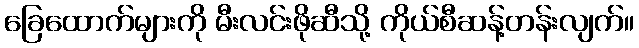
ခြေထောက်များကို မီးလင်းဖိုဆီသို့ ကိုယ်စီဆန့်တန်းလျက်။